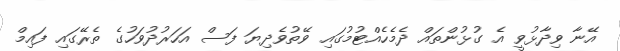
އޭނާ ވިދާޅުވީ އެ ގުޅުންތައް ދެމެހެއްޓުމުގައި ވޭތުވެދިޔަ ފަސް އަހަރުދުވަހުގެ ތެރޭގައި ފައިމް